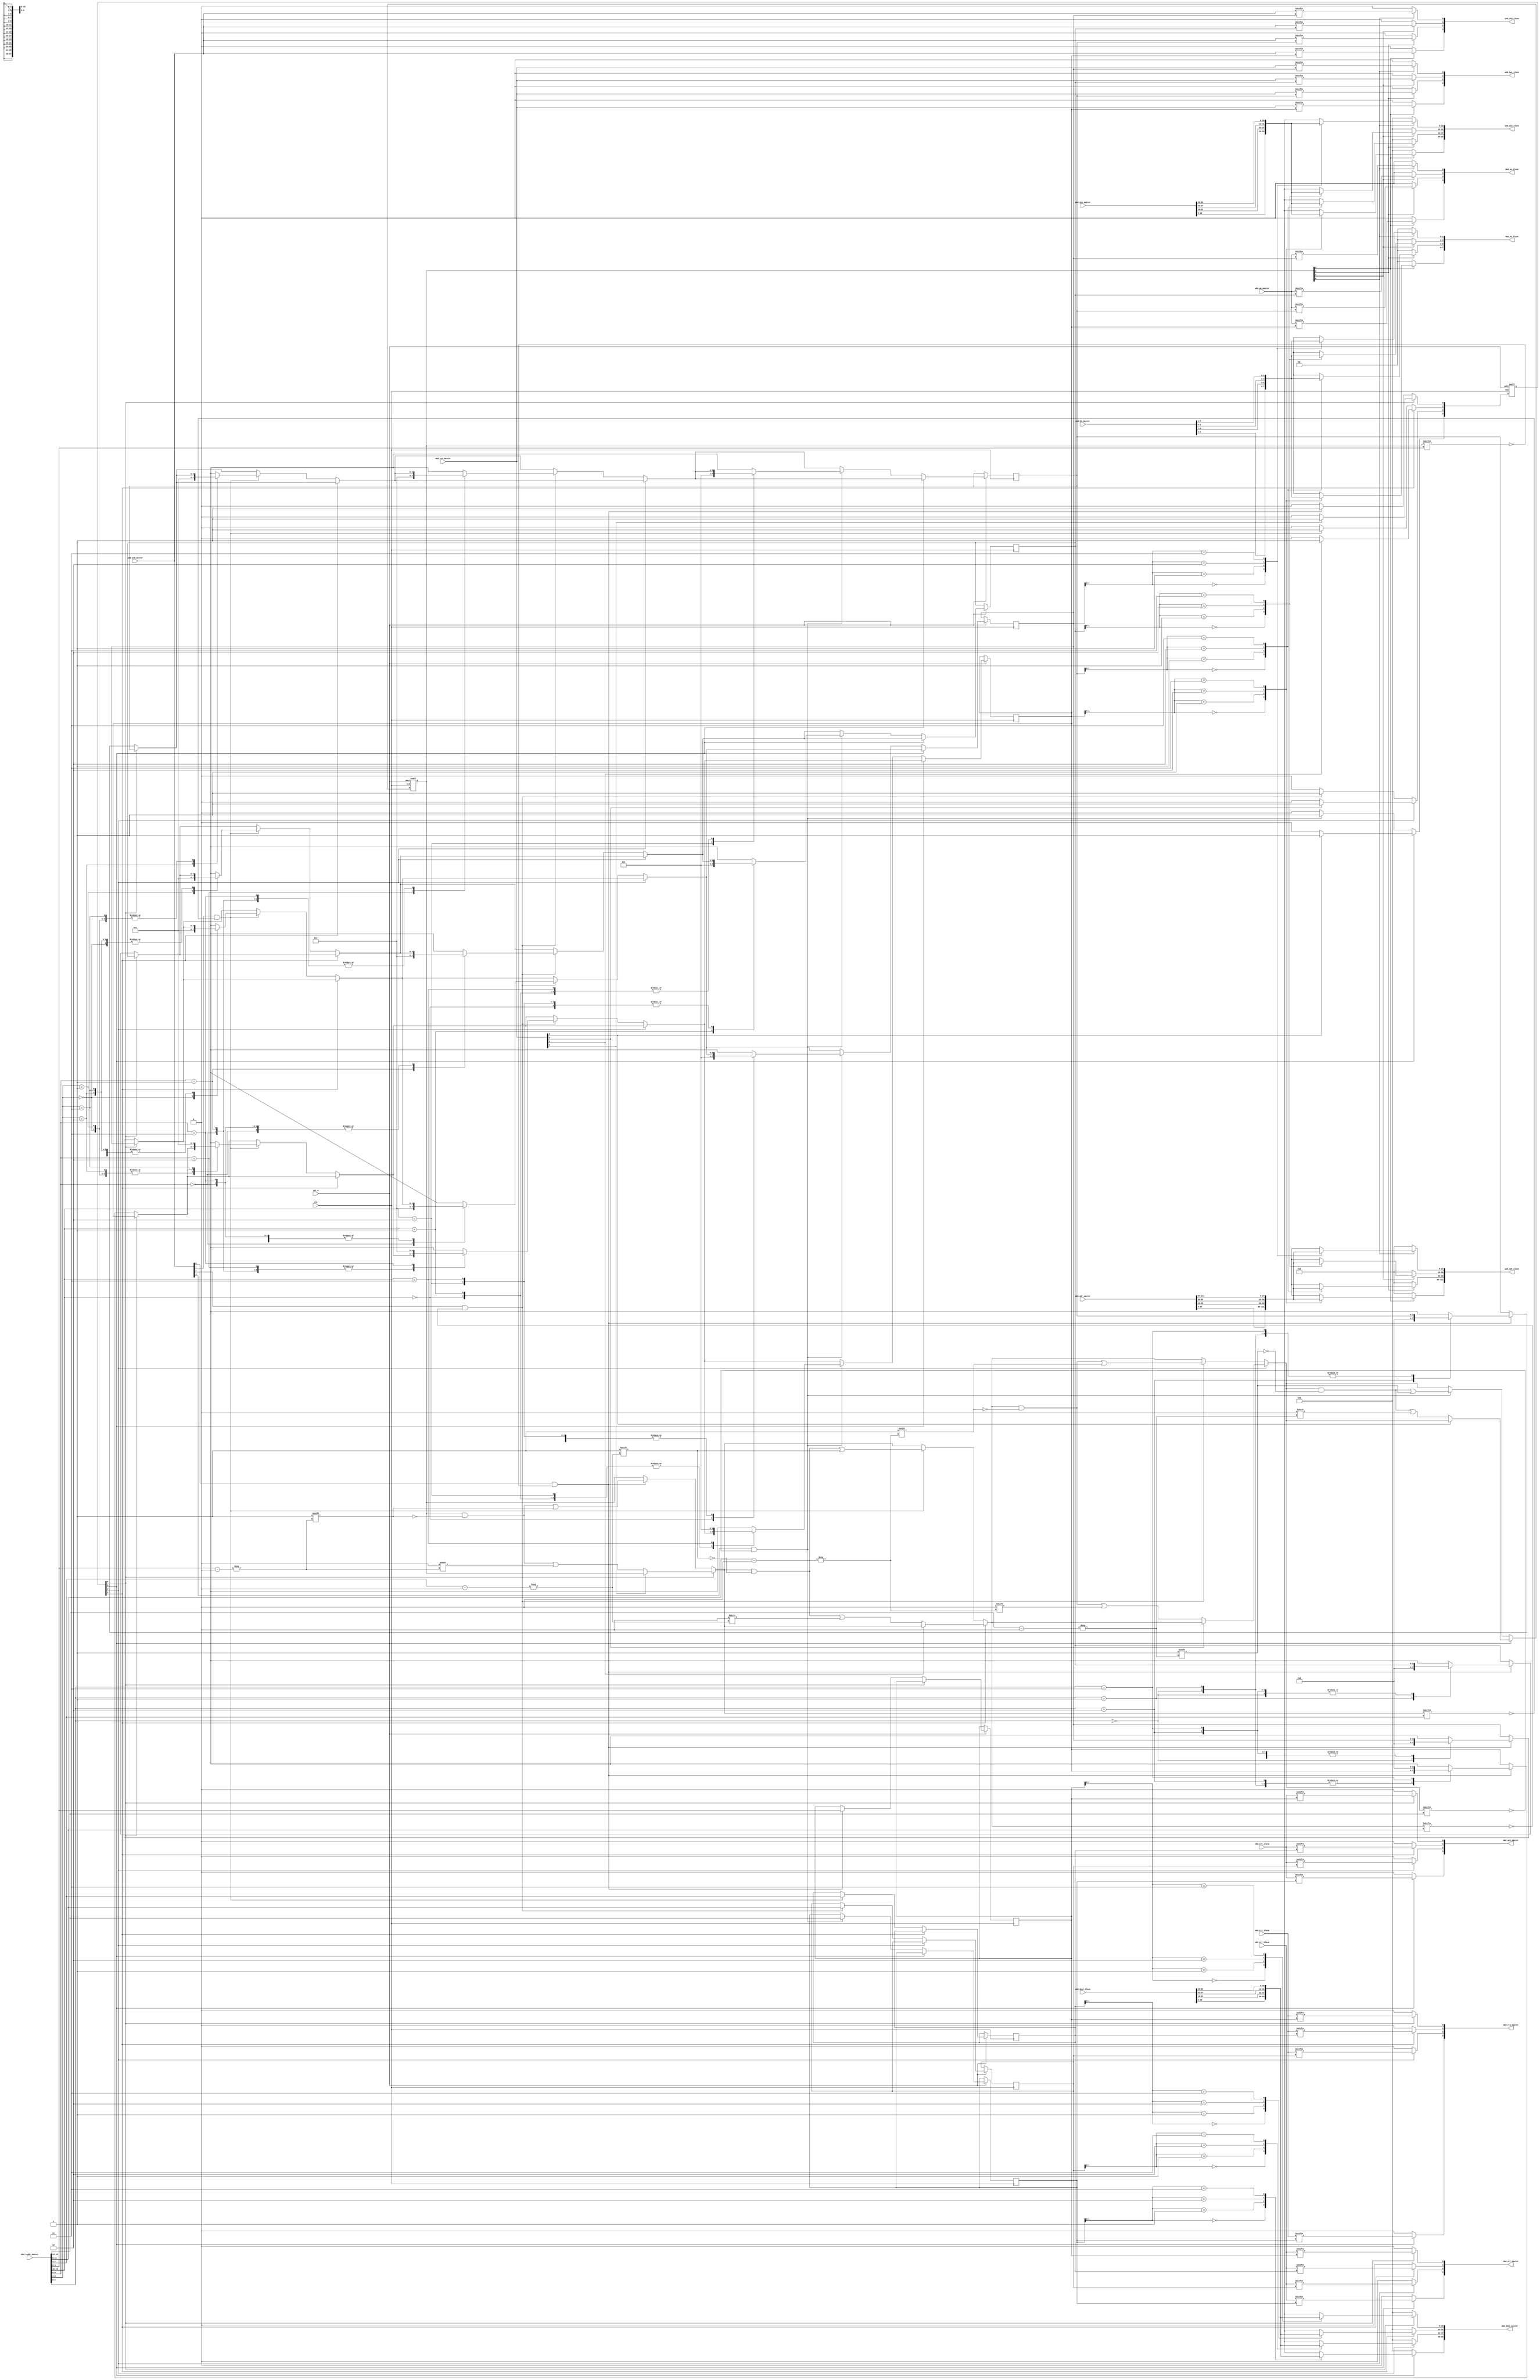
//////////////////////////////////////////////////////////////////////
////                                                              ////
////  Tubo 8051 cores common library Module                       ////
////                                                              ////
////  This file is part of the Turbo 8051 cores project           ////
////  http://www.opencores.org/cores/turbo8051/                   ////
////                                                              ////
////  Description                                                 ////
////  Turbo 8051 definitions.                                     ////
////                                                              ////
////  To Do:                                                      ////
////    nothing                                                   ////
////                                                              ////
////  Author(s):                                                  ////
////      - Dinesh Annayya, dinesha@opencores.org                 ////
////                                                              ////
//////////////////////////////////////////////////////////////////////
////                                                              ////
//// Copyright (C) 2000 Authors and OPENCORES.ORG                 ////
////                                                              ////
//// This source file may be used and distributed without         ////
//// restriction provided that this copyright statement is not    ////
//// removed from the file and that any derivative work contains  ////
//// the original copyright notice and the associated disclaimer. ////
////                                                              ////
//// This source file is free software; you can redistribute it   ////
//// and/or modify it under the terms of the GNU Lesser General   ////
//// Public License as published by the Free Software Foundation; ////
//// either version 2.1 of the License, or (at your option) any   ////
//// later version.                                               ////
////                                                              ////
//// This source is distributed in the hope that it will be       ////
//// useful, but WITHOUT ANY WARRANTY; without even the implied   ////
//// warranty of MERCHANTABILITY or FITNESS FOR A PARTICULAR      ////
//// PURPOSE.  See the GNU Lesser General Public License for more ////
//// details.                                                     ////
////                                                              ////
//// You should have received a copy of the GNU Lesser General    ////
//// Public License along with this source; if not, download it   ////
//// from http://www.opencores.org/lgpl.shtml                     ////
////                                                              ////
//////////////////////////////////////////////////////////////////////

/**********************************************
      Web-bone cross bar M-Master By S-Slave
**********************************************/

module wb_crossbar (

              rst_n               , 
              clk                 ,


    // Master Interface Signal
              wbd_taddr_master    ,
              wbd_din_master      ,
              wbd_dout_master     ,
              wbd_adr_master      , 
              wbd_be_master       , 
              wbd_we_master       , 
              wbd_ack_master      ,
              wbd_stb_master      , 
              wbd_cyc_master      , 
              wbd_err_master      ,
              wbd_rty_master      ,
 
    // Slave Interface Signal
              wbd_din_slave       , 
              wbd_dout_slave      ,
              wbd_adr_slave       , 
              wbd_be_slave        , 
              wbd_we_slave        , 
              wbd_ack_slave       ,
              wbd_stb_slave       , 
              wbd_cyc_slave       , 
              wbd_err_slave       ,
              wbd_rty_slave
         );

parameter WB_SLAVE   = 4 ;
parameter WB_MASTER  = 4 ;

parameter D_WD    = 16; // Data Width
parameter BE_WD   = 2;  // Byte Enable
parameter ADR_WD  = 28; // Address Width
parameter TAR_WD  = 4;  // Target Width

input                  clk; // CLK_I The clock input [CLK_I] coordinates all activities 
                            // for the internal logic within the WISHBONE interconnect. 
                            // All WISHBONE output signals are registered at the 
                            // rising edge of [CLK_I]. 
                            // All WISHBONE input signals must be stable before the 
                            // rising edge of [CLK_I]. 
input                  rst_n; // RST_I The reset input [RST_I] forces the WISHBONE interface 
                            // to restart. Furthermore, all internal self-starting state 
                            // machines will be forced into an initial state. 

input [(WB_MASTER *TAR_WD)-1:0] wbd_taddr_master; // target address from master 
input [WB_MASTER-1:0]  wbd_stb_master;  
                    // STB_O The strobe output [STB_O] indicates a valid data 
                    // transfer cycle. It is used to qualify various other signals 
                    // on the interface such as [SEL_O(7..0)]. The SLAVE must 
                    // assert either the [ACK_I], [ERR_I] or [RTY_I] signals in 
                    // response to every assertion of the [STB_O] signal. 
output [WB_SLAVE-1:0]  wbd_stb_slave;  
                    // STB_O The strobe output [STB_O] indicates a valid data 
                    // transfer cycle. It is used to qualify various other signals 
                    // on the interface such as [SEL_O(7..0)]. The SLAVE must 
                    // assert either the [ACK_I], [ERR_I] or [RTY_I] signals in 
                    // response to every assertion of the [STB_O] signal. 

input [WB_MASTER-1:0]   wbd_we_master;    
                    // WE_O The write enable output [WE_O] indicates whether the 
                    // current local bus cycle is a READ or WRITE cycle. The 
                    // signal is negated during READ cycles, and is asserted 
                    // during WRITE cycles. 
output [WB_SLAVE-1:0]   wbd_we_slave;    
                    // WE_O The write enable output [WE_O] indicates whether the 
                    // current local bus cycle is a READ or WRITE cycle. The 
                    // signal is negated during READ cycles, and is asserted 
                    // during WRITE cycles. 

output [WB_MASTER-1:0]  wbd_ack_master; 
                    // The acknowledge input [ACK_I], when asserted, 
                    // indicates the termination of a normal bus cycle. 
                    // Also see the [ERR_I] and [RTY_I] signal descriptions. 
input [WB_SLAVE-1:0]  wbd_ack_slave; 
                    // The acknowledge input [ACK_I], when asserted, 
                    // indicates the termination of a normal bus cycle. 
                    // Also see the [ERR_I] and [RTY_I] signal descriptions. 

input [(WB_MASTER *ADR_WD)-1:0] wbd_adr_master; 
                    // The address output array [ADR_O(63..0)] is used 
                    // to pass a binary address, with the most significant 
                    // address bit at the higher numbered end of the signal array. 
                    // The lower array boundary is specific to the data port size. 
                    // The higher array boundary is core-specific. 
                    // In some cases (such as FIFO interfaces) 
                    // the array may not be present on the interface. 

output [(WB_SLAVE *ADR_WD)-1:0] wbd_adr_slave; 
                    // The address output array [ADR_O(63..0)] is used 
                    // to pass a binary address, with the most significant 
                    // address bit at the higher numbered end of the signal array. 
                    // The lower array boundary is specific to the data port size. 
                    // The higher array boundary is core-specific. 
                    // In some cases (such as FIFO interfaces) 
                    // the array may not be present on the interface. 

input [(WB_MASTER * BE_WD)-1:0] wbd_be_master; // Byte Enable 
                    // SEL_O(7..0) The select output array [SEL_O(7..0)] indicates 
                    // where valid data is expected on the [DAT_I(63..0)] signal 
                    // array during READ cycles, and where it is placed on the 
                    // [DAT_O(63..0)] signal array during WRITE cycles. 
                    // Also see the [DAT_I(63..0)], [DAT_O(63..0)] and [STB_O] 
                    // signal descriptions.
output [(WB_SLAVE * BE_WD)-1:0] wbd_be_slave; // Byte Enable  
                    // SEL_O(7..0) The select output array [SEL_O(7..0)] indicates 
                    // where valid data is expected on the [DAT_I(63..0)] signal 
                    // array during READ cycles, and where it is placed on the 
                    // [DAT_O(63..0)] signal array during WRITE cycles. 
                    // Also see the [DAT_I(63..0)], [DAT_O(63..0)] and [STB_O] 
                    // signal descriptions.

input [WB_SLAVE -1:0] wbd_cyc_master; 
                    // CYC_O The cycle output [CYC_O], when asserted, 
                    // indicates that a valid bus cycle is in progress. 
                    // The signal is asserted for the duration of all bus cycles. 
                    // For example, during a BLOCK transfer cycle there can be 
                    // multiple data transfers. The [CYC_O] signal is asserted 
                    // during the first data transfer, and remains asserted 
                    // until the last data transfer. The [CYC_O] signal is useful 
                    // for interfaces with multi-port interfaces 
                    // (such as dual port memories). In these cases, 
                    // the [CYC_O] signal requests use of a common bus from an 
                    // arbiter. Once the arbiter grants the bus to the MASTER, 
                    // it is held until [CYC_O] is negated. 
output [WB_SLAVE -1:0] wbd_cyc_slave; 
                    // CYC_O The cycle output [CYC_O], when asserted, 
                    // indicates that a valid bus cycle is in progress. 
                    // The signal is asserted for the duration of all bus cycles. 
                    // For example, during a BLOCK transfer cycle there can be 
                    // multiple data transfers. The [CYC_O] signal is asserted 
                    // during the first data transfer, and remains asserted 
                    // until the last data transfer. The [CYC_O] signal is useful 
                    // for interfaces with multi-port interfaces 
                    // (such as dual port memories). In these cases, 
                    // the [CYC_O] signal requests use of a common bus from an 
                    // arbiter. Once the arbiter grants the bus to the MASTER, 
                    // it is held until [CYC_O] is negated. 

input [(WB_MASTER * D_WD)-1:0] wbd_din_master;  
                    // DAT_I(63..0) The data input array [DAT_I(63..0)] is 
                    // used to pass binary data. The array boundaries are 
                    // determined by the port size. Also see the [DAT_O(63..0)] 
                    // and [SEL_O(7..0)] signal descriptions. 

output [(WB_SLAVE * D_WD)-1:0] wbd_din_slave;  
                    // DAT_I(63..0) The data input array [DAT_I(63..0)] is 
                    // used to pass binary data. The array boundaries are 
                    // determined by the port size. Also see the [DAT_O(63..0)] 
                    // and [SEL_O(7..0)] signal descriptions. 

output [(WB_MASTER * D_WD)-1:0] wbd_dout_master; 
                    // DAT_O(63..0) The data output array [DAT_O(63..0)] is 
                    // used to pass binary data. The array boundaries are 
                    // determined by the port size. Also see the [DAT_I(63..0)] 
                         // and [SEL_O(7..0)] signal descriptions. 
input [(WB_SLAVE * D_WD)-1:0] wbd_dout_slave; 
                    // DAT_O(63..0) The data output array [DAT_O(63..0)] is 
                    // used to pass binary data. The array boundaries are 
                    // determined by the port size. Also see the [DAT_I(63..0)] 
                    // and [SEL_O(7..0)] signal descriptions. 

output [WB_MASTER -1:0]  wbd_err_master; 
                    // ERR_I The error input [ERR_I] indicates an abnormal 
                    // cycle termination. The source of the error, and the 
                    // response generated by the MASTER is defined by the IP core 
                    // supplier in the WISHBONE DATASHEET. Also see the [ACK_I] 
                    // and [RTY_I] signal descriptions. 
input [WB_SLAVE -1:0]  wbd_err_slave; 
                    // ERR_I The error input [ERR_I] indicates an abnormal 
                    // cycle termination. The source of the error, and the 
                    // response generated by the MASTER is defined by the IP core 
                    // supplier in the WISHBONE DATASHEET. Also see the [ACK_I] 
                    // and [RTY_I] signal descriptions. 

output [WB_MASTER -1:0]   wbd_rty_master; 
                    // RTY_I The retry input [RTY_I] indicates that the indicates 
                    // that the interface is not ready to accept or send data, and 
                    // that the cycle should be retried. When and how the cycle is 
                    // retried is defined by the IP core supplier in the WISHBONE 
                    // DATASHEET. Also see the [ERR_I] and [RTY_I] signal 
                    // descriptions. 
input [WB_SLAVE -1:0]   wbd_rty_slave; 
                    // RTY_I The retry input [RTY_I] indicates that the indicates 
                    // that the interface is not ready to accept or send data, and 
                    // that the cycle should be retried. When and how the cycle is 
                    // retried is defined by the IP core supplier in the WISHBONE 
                    // DATASHEET. Also see the [ERR_I] and [RTY_I] signal 
                    // descriptions. 


reg  [WB_MASTER-1:0]  wbd_ack_master; 
reg  [WB_MASTER-1:0]  wbd_err_master; 
reg  [WB_MASTER-1:0]  wbd_rty_master; 


reg  [WB_MASTER-1:0]  master_busy; // master busy flag
reg  [WB_SLAVE-1:0]   slave_busy;  // slave busy flag
reg  [TAR_WD -1:0]     master_mx_id[WB_MASTER-1:0];
reg  [TAR_WD -1:0]     slave_mx_id [WB_SLAVE-1:0];

reg  [TAR_WD-1 :0]     cur_target_id;
wire  [TAR_WD-1:0]     wbd_taddr_master_t[WB_MASTER:0]; // target address from master 
wire  [D_WD-1:0]       wbd_din_master_t[WB_MASTER-1:0]; // target address from master 
reg   [D_WD-1:0]       wbd_dout_master_t[WB_MASTER-1:0]; // target address from master 
wire  [ADR_WD-1:0]     wbd_adr_master_t[WB_MASTER-1:0]; // target address from master 
wire  [BE_WD-1:0]      wbd_be_master_t[WB_MASTER-1:0]; // target address from master 


reg  [WB_SLAVE-1:0]  wbd_stb_slave; 
reg  [WB_SLAVE-1:0]  wbd_we_slave; 
reg  [WB_SLAVE-1:0]  wbd_cyc_slave; 
wire [D_WD-1:0]      wbd_dout_slave_t[WB_SLAVE-1:0]; // target data towards master 


reg   [D_WD-1:0]     wbd_din_slave_t[WB_SLAVE-1:0]; // target address from master 
reg   [ADR_WD-1:0]    wbd_adr_slave_t[WB_SLAVE-1:0]; // target address from master 
reg   [BE_WD-1:0]     wbd_be_slave_t[WB_SLAVE-1:0]; // target address from master 

integer i,k,l;

  
/**********************************************************
   Re-Arraging the array in seperate two dimensional information
***********************************************************/

genvar j,m; 
generate        

  // Connect the Master Mux
  for(j=0; j < WB_MASTER ; j = j + 1) begin : master_expand
     assign wbd_taddr_master_t[j] = wbd_taddr_master[((j+1)*TAR_WD)-1:j * TAR_WD];
     assign wbd_din_master_t[j]  = wbd_din_master[((j+1)*D_WD)-1:j * D_WD];
     assign wbd_adr_master_t[j]  = wbd_adr_master[((j+1)*ADR_WD)-1:j * ADR_WD];
     assign wbd_be_master_t[j]   = wbd_be_master[((j+1)*BE_WD)-1:j * BE_WD];

     assign wbd_dout_master[((j+1)*D_WD)-1:j * D_WD] = wbd_dout_master_t[j];
  end

  // Connect the Slave Mux
  for(m=0; m < WB_SLAVE ; m = m + 1) begin : slave_expand
     assign wbd_din_slave[((m+1)*D_WD)-1:m * D_WD]        = wbd_din_slave_t[m];
     assign wbd_adr_slave[((m+1)*ADR_WD)-1:m * ADR_WD]   = wbd_adr_slave_t[m];
     assign wbd_be_slave[((m+1)*BE_WD)-1:m * BE_WD]      = wbd_be_slave_t[m];

     assign wbd_dout_slave_t[m]   = wbd_dout_slave[((m+1)*D_WD)-1:m * D_WD];

  end
endgenerate

always @*   begin
   for(k = 0; k < WB_MASTER; k = k + 1) begin
      if(master_busy[k] == 1) begin
         wbd_dout_master_t[k] = wbd_dout_slave_t[master_mx_id[k]];
         wbd_ack_master[k]    = wbd_ack_slave[master_mx_id[k]];
         wbd_err_master[k]    = wbd_err_slave[master_mx_id[k]];
         wbd_rty_master[k]    = wbd_rty_slave[master_mx_id[k]];
      end else begin
         wbd_dout_master_t[k] = 0;
         wbd_ack_master[k]    = 0;
         wbd_err_master[k]    = 0;
         wbd_rty_master[k]    = 0;
      end
   end
   for(l = 0; l < WB_SLAVE; l = l + 1) begin
      if(slave_busy[l] == 1) begin
         wbd_din_slave_t[l]  = wbd_din_master_t[slave_mx_id[l]];
         wbd_adr_slave_t[l]  = wbd_adr_master_t[slave_mx_id[l]];
         wbd_be_slave_t[l]   = wbd_be_master_t[slave_mx_id[l]];
         wbd_stb_slave[l]    = wbd_stb_master[slave_mx_id[l]];
         wbd_we_slave[l]     = wbd_we_master[slave_mx_id[l]];
         wbd_cyc_slave[l]    = wbd_cyc_master[slave_mx_id[l]];
      end else begin
         wbd_din_slave_t[l]  = 0;
         wbd_adr_slave_t[l]  = 0;
         wbd_be_slave_t[l]   = 0;
         wbd_stb_slave[l]    = 0;
         wbd_we_slave[l]     = 0;
         wbd_cyc_slave[l]    = 0;
      end
   end
end

/*******************************************************
   Parsing through the master and deciding on mux connectio
   Step-1: analysis the master from 0 to total master
   Step-2: If the previously master is not busy, 
           Then check for any new request from the master and
           check corresponding slave is free or not. If there is 
           master request and requesting slave is free. 
           Then set the master max id to slave id &
           requesting slave to master number & set the master
           and slave busy flag
   Step-3: If the previous state of master is busy and bus-cycle
           is de-asserted, then reset the master and corresponding
           slave busy flag

*********************************************************/ 

always @(negedge rst_n or posedge clk) begin
   if(rst_n == 0) begin
      master_busy   = 0;
      slave_busy    = 0;
      cur_target_id = 0;
      
   end
   else begin
      for(i = 0; i < WB_MASTER; i = i + 1) begin
         cur_target_id                     = wbd_taddr_master_t[i];
         if(master_busy[i] == 0) begin
            if(wbd_stb_master[i] & slave_busy[cur_target_id] == 0) begin
               master_mx_id[i] <= cur_target_id;
               slave_mx_id [cur_target_id] = i;
               slave_busy[cur_target_id]   = 1;
               master_busy[i]              = 1;
               // synopsys translate_off
               // $display("%m:%t: Locking Master : %d with Slave : %d",$time,i,cur_target_id);
               // synopsys translate_on
            end
         end else if(wbd_cyc_master[i] == 0) begin
            master_busy[i]            = 0;
            slave_busy[cur_target_id] = 0;
         end
      end
   end
end



endmodule